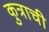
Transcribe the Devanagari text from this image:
कुत्राची